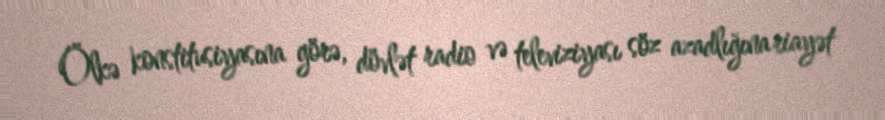
Ölkə konstitusiyasına görə, dövlət radio və televiziyası söz azadlığına riayət